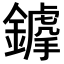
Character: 𨬳